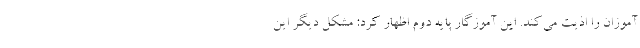
آموزان را اذیت می‌کند. این آموزگار پایه دوم اظهار کرد: مشکل دیگر این